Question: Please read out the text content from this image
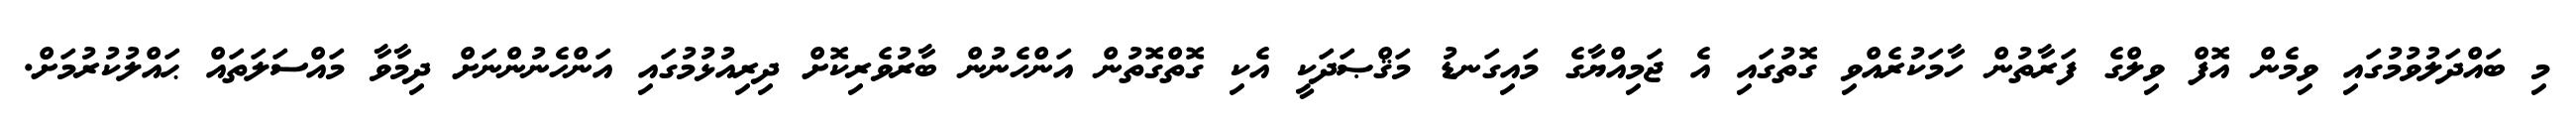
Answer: މި ބައްދަލުވުމުގައި ވިމެން އޮފް ވިލްގެ ފަރާތުން ހާމަކުރެއްވި ގޮތުގައި އެ ޖަމިއްޔާގެ މައިގަނޑު މަޤްޞަދަކީ އެކި ގޮތްގޮތުން އަންހެނުން ބާރުވެރިކޮށް ދިރިއުޅުމުގައި އަންހެނުންނަށް ދިމާވާ މައްސަލަތައް ޙައްލުކުރުމަށް.